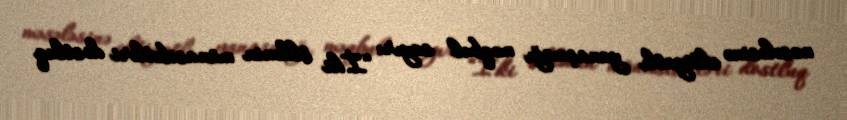
məsələsinə ehtiyatlı yanaşmağı məqbul sayır: “İki ölkənin münasibətləri dostluq